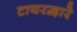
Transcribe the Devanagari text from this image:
टायरद्वारे